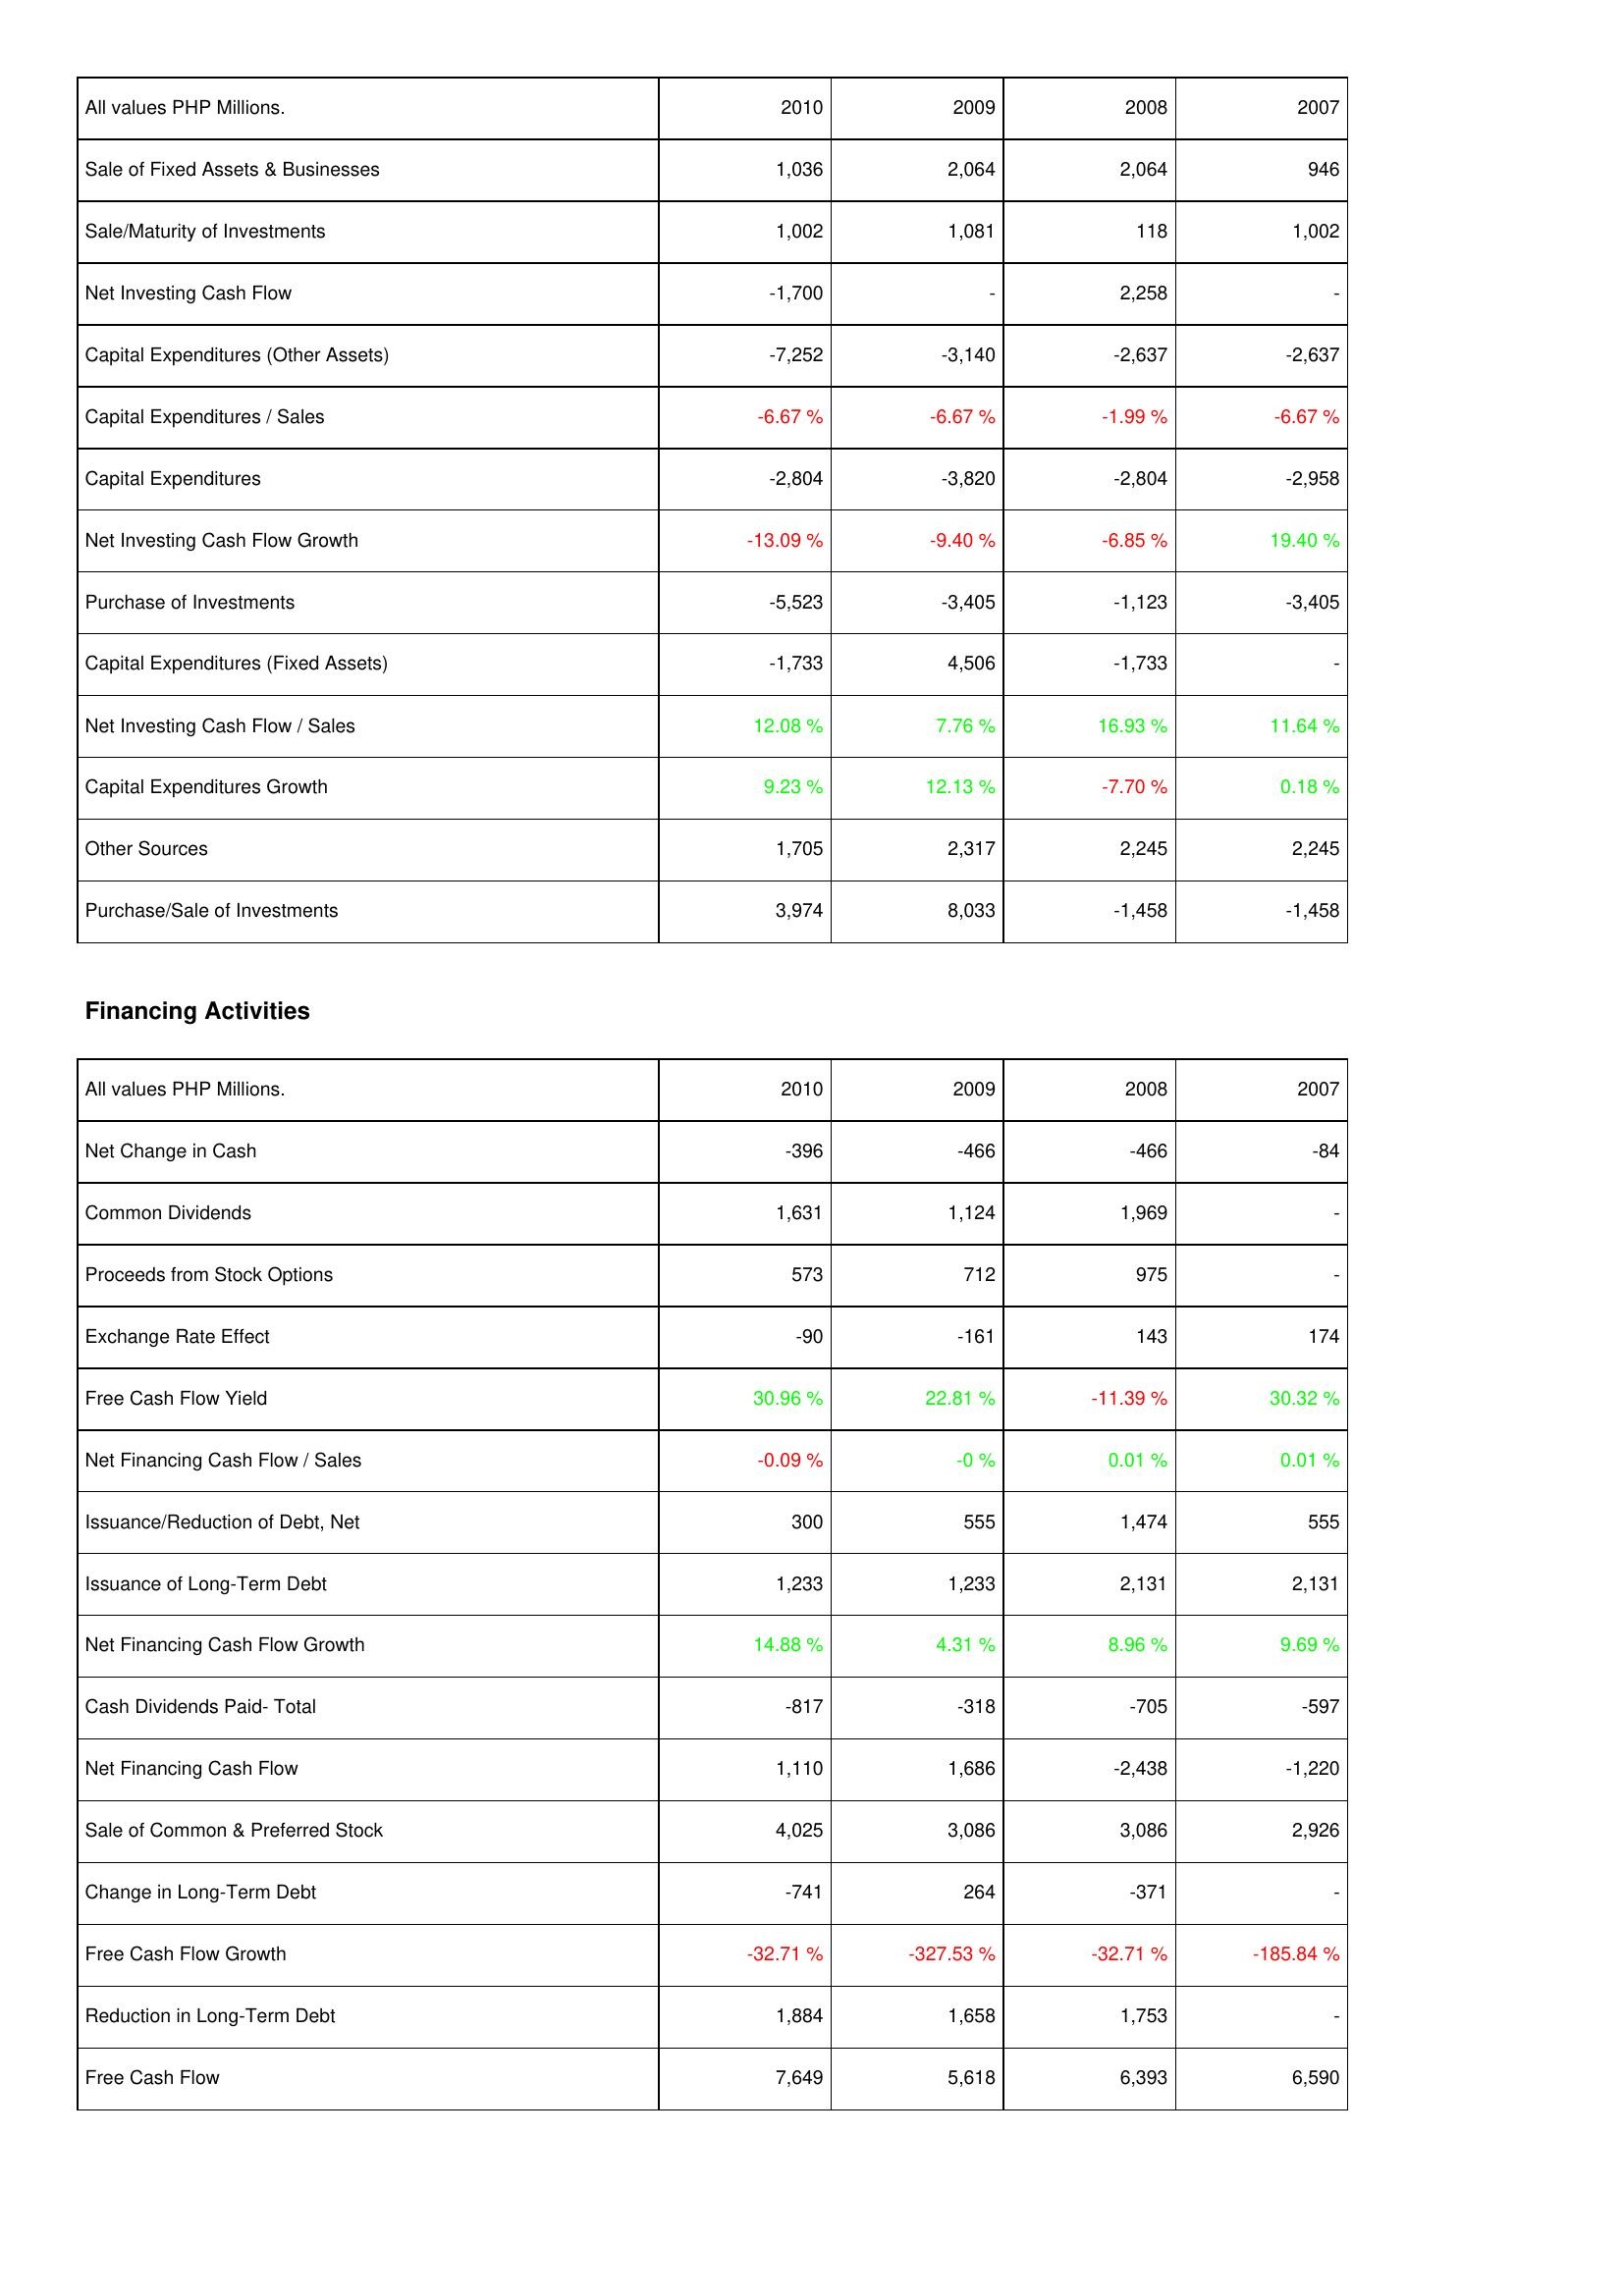
2010: Investing Activities: Sale of Fixed Assets & Businesses: 1,036
Sale/Maturity of Investments: 1,002
Net Investing Cash Flow: -1,700
Capital Expenditures (Other Assets): -7,252
Capital Expenditures / Sales: -6.67 %
Capital Expenditures: -2,804
Net Investing Cash Flow Growth: -13.09 %
Purchase of Investments: -5,523
Capital Expenditures (Fixed Assets): -1,733
Net Investing Cash Flow / Sales: 12.08 %
Capital Expenditures Growth: 9.23 %
Other Sources: 1,705
Purchase/Sale of Investments: 3,974
Financing Activities: Net Change in Cash: -396
Common Dividends: 1,631
Proceeds from Stock Options: 573
Exchange Rate Effect: -90
Free Cash Flow Yield: 30.96 %
Net Financing Cash Flow / Sales: -0.09 %
Issuance/Reduction of Debt, Net: 300
Issuance of Long-Term Debt: 1,233
Net Financing Cash Flow Growth: 14.88 %
Cash Dividends Paid- Total: -817
Net Financing Cash Flow: 1,110
Sale of Common & Preferred Stock: 4,025
Change in Long-Term Debt: -741
Free Cash Flow Growth: -32.71 %
Reduction in Long-Term Debt: 1,884
Free Cash Flow: 7,649
2009: Investing Activities: Sale of Fixed Assets & Businesses: 2,064
Sale/Maturity of Investments: 1,081
Net Investing Cash Flow: -
Capital Expenditures (Other Assets): -3,140
Capital Expenditures / Sales: -6.67 %
Capital Expenditures: -3,820
Net Investing Cash Flow Growth: -9.40 %
Purchase of Investments: -3,405
Capital Expenditures (Fixed Assets): 4,506
Net Investing Cash Flow / Sales: 7.76 %
Capital Expenditures Growth: 12.13 %
Other Sources: 2,317
Purchase/Sale of Investments: 8,033
Financing Activities: Net Change in Cash: -466
Common Dividends: 1,124
Proceeds from Stock Options: 712
Exchange Rate Effect: -161
Free Cash Flow Yield: 22.81 %
Net Financing Cash Flow / Sales: -0 %
Issuance/Reduction of Debt, Net: 555
Issuance of Long-Term Debt: 1,233
Net Financing Cash Flow Growth: 4.31 %
Cash Dividends Paid- Total: -318
Net Financing Cash Flow: 1,686
Sale of Common & Preferred Stock: 3,086
Change in Long-Term Debt: 264
Free Cash Flow Growth: -327.53 %
Reduction in Long-Term Debt: 1,658
Free Cash Flow: 5,618
2008: Investing Activities: Sale of Fixed Assets & Businesses: 2,064
Sale/Maturity of Investments: 118
Net Investing Cash Flow: 2,258
Capital Expenditures (Other Assets): -2,637
Capital Expenditures / Sales: -1.99 %
Capital Expenditures: -2,804
Net Investing Cash Flow Growth: -6.85 %
Purchase of Investments: -1,123
Capital Expenditures (Fixed Assets): -1,733
Net Investing Cash Flow / Sales: 16.93 %
Capital Expenditures Growth: -7.70 %
Other Sources: 2,245
Purchase/Sale of Investments: -1,458
Financing Activities: Net Change in Cash: -466
Common Dividends: 1,969
Proceeds from Stock Options: 975
Exchange Rate Effect: 143
Free Cash Flow Yield: -11.39 %
Net Financing Cash Flow / Sales: 0.01 %
Issuance/Reduction of Debt, Net: 1,474
Issuance of Long-Term Debt: 2,131
Net Financing Cash Flow Growth: 8.96 %
Cash Dividends Paid- Total: -705
Net Financing Cash Flow: -2,438
Sale of Common & Preferred Stock: 3,086
Change in Long-Term Debt: -371
Free Cash Flow Growth: -32.71 %
Reduction in Long-Term Debt: 1,753
Free Cash Flow: 6,393
2007: Investing Activities: Sale of Fixed Assets & Businesses: 946
Sale/Maturity of Investments: 1,002
Net Investing Cash Flow: -
Capital Expenditures (Other Assets): -2,637
Capital Expenditures / Sales: -6.67 %
Capital Expenditures: -2,958
Net Investing Cash Flow Growth: 19.40 %
Purchase of Investments: -3,405
Capital Expenditures (Fixed Assets): -
Net Investing Cash Flow / Sales: 11.64 %
Capital Expenditures Growth: 0.18 %
Other Sources: 2,245
Purchase/Sale of Investments: -1,458
Financing Activities: Net Change in Cash: -84
Common Dividends: -
Proceeds from Stock Options: -
Exchange Rate Effect: 174
Free Cash Flow Yield: 30.32 %
Net Financing Cash Flow / Sales: 0.01 %
Issuance/Reduction of Debt, Net: 555
Issuance of Long-Term Debt: 2,131
Net Financing Cash Flow Growth: 9.69 %
Cash Dividends Paid- Total: -597
Net Financing Cash Flow: -1,220
Sale of Common & Preferred Stock: 2,926
Change in Long-Term Debt: -
Free Cash Flow Growth: -185.84 %
Reduction in Long-Term Debt: -
Free Cash Flow: 6,590